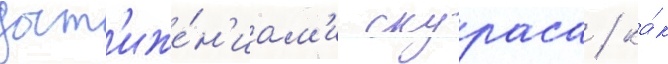
дост'иже́н'иам'и скураса / ка́к